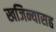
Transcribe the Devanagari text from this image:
खजिन्यासह